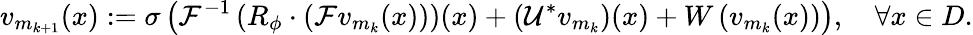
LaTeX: v_{m_{k+1}}(x):=\sigma\left(\mathcal{F}^{-1}\left(R_{\phi}\cdot\left(\mathcal{F}v_{m_{k}}(x)\right)\right)(x)+\left(\mathcal{U^{*}}v_{m_{k}}\right)(x)+W\left(v_{m_{k}}(x)\right)\right),\quad\forall x\in D.